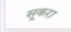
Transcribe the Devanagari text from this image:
सूकरा